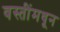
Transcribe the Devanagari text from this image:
वस्तींमधून